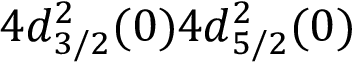
4 d _ { 3 / 2 } ^ { 2 } ( 0 ) 4 d _ { 5 / 2 } ^ { 2 } ( 0 )